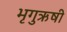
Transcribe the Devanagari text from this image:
भृगुऋषी